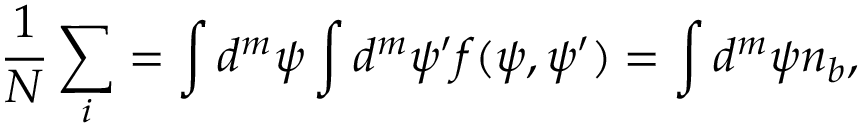
{ \frac { 1 } { N } } \sum _ { i } = \int d ^ { m } \psi \int d ^ { m } \psi ^ { \prime } f ( \psi , \psi ^ { \prime } ) = \int d ^ { m } \psi n _ { b } ,